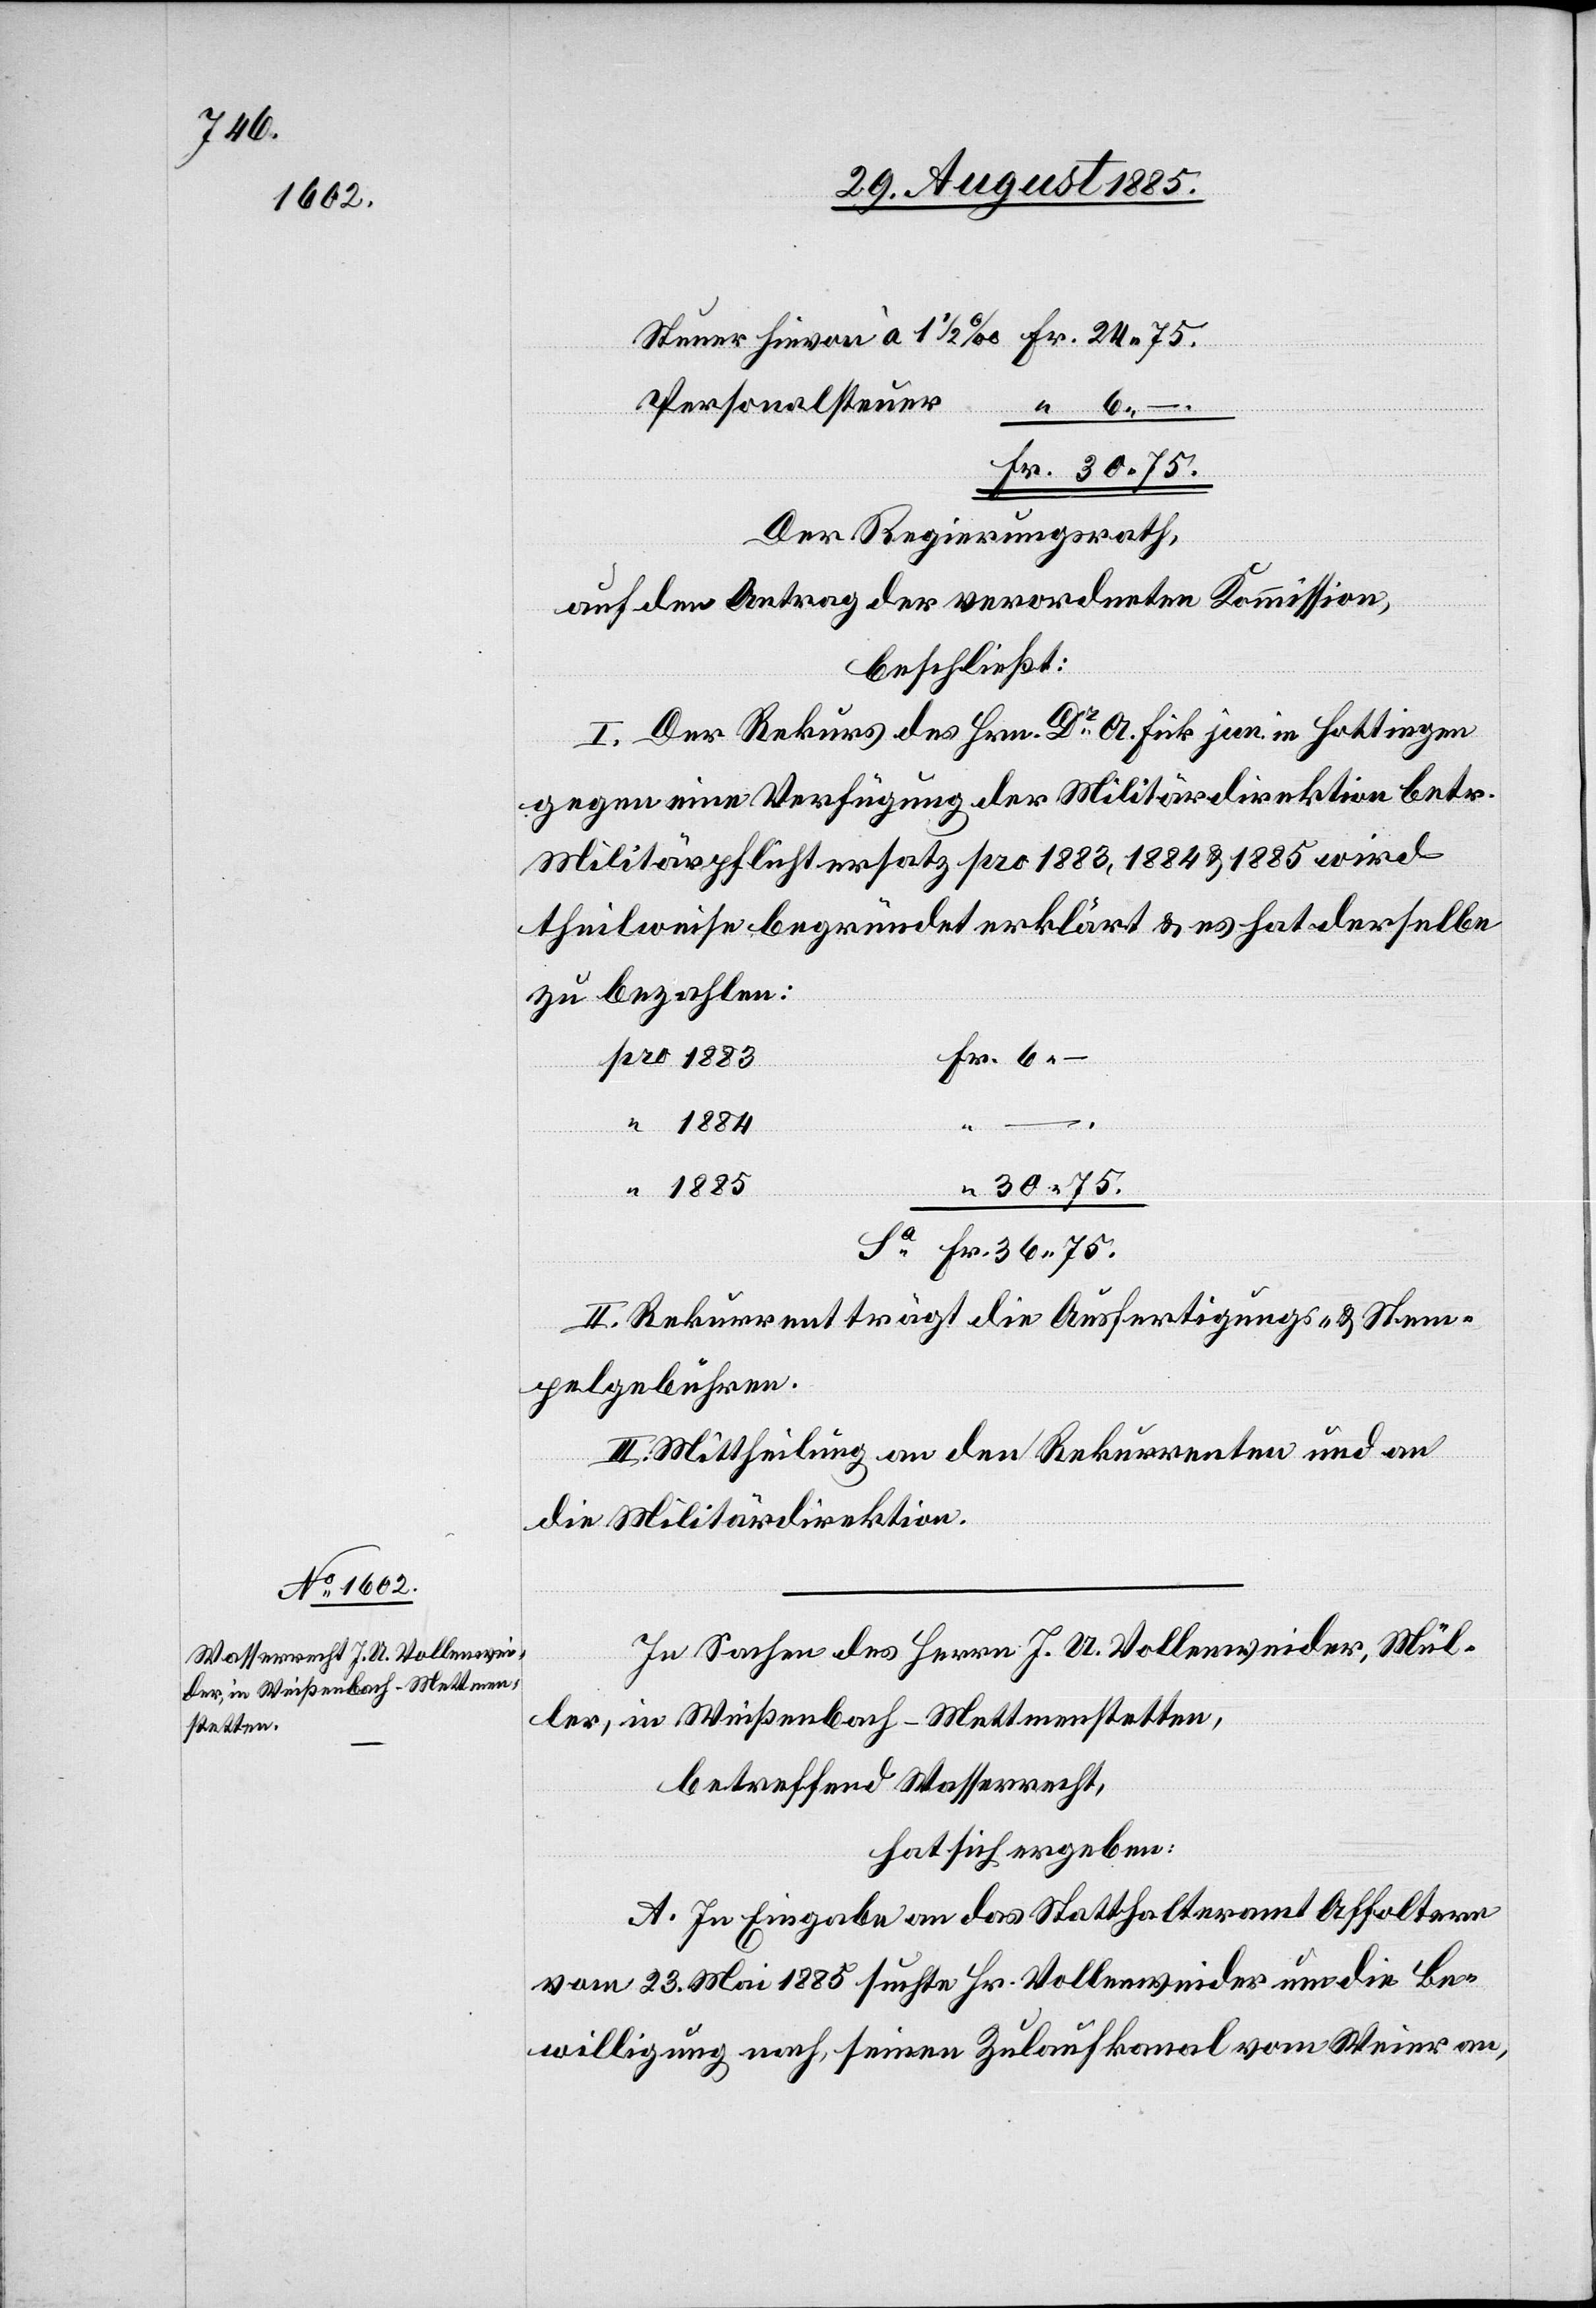
Personalsteuer
6 –.
Der Regierungsrath,
auf den Antrag der verordneten Kommission,
beschließt:
I. Der Rekurs des Hrn. Dr A. Fick jun. in Hottingen
gegen eine Verfügung der Militärdirektion betr.
Militärpflichtersatz pro 1883, 1884 & 1885 wird
theilweise begründet erklärt & es hat derselbe
zu bezahlen:
–.
Fr.
“
36 75.
II. Rekurrent trägt die Ausfertigungs- & Stem¬
pelgebühren.
III. Mittheilung an den Rekurrenten und an
die Militärdirektion.
In Sachen des Herrn J. A. Vollenweider, Mül¬
ler, in Weißenbach - Mettmenstetten,
betreffend Wasserrecht,
hat sich ergeben:
A. In Eingabe an das Statthalteramt Affoltern
vom 23. Mai 1885 suchte Hr. Vollenweider um die Be¬
willigung nach, seinen Zulaufkanal vom Weier an,